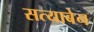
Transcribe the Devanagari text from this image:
सत्याबेन